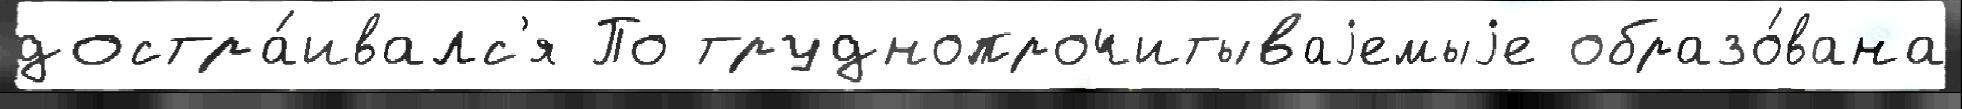
достра́ивалс'я По труднопрочитываjемыjе образо́вана